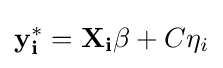
\mathbf {y_{i}^{*}} =\mathbf {X_{i}\beta } +C\eta _{i}